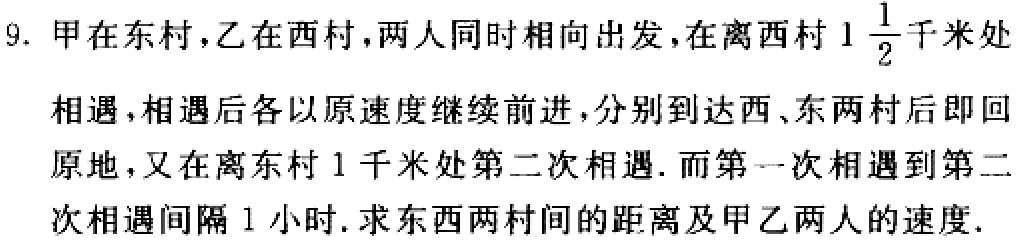
9. 甲在东村，乙在西村，两人同时相向出发，在离西村\(1\frac{1}{2}\)千米处相遇，相遇后各以原速度继续前进，分别到达西、东两村后即回原地，又在离东村\(1\)千米处第二次相遇. 而第一次相遇 到第二次相遇间隔\(1\)小时. 求东西两村间的距离及甲乙两人的速度.